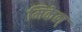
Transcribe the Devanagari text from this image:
मिकेल्